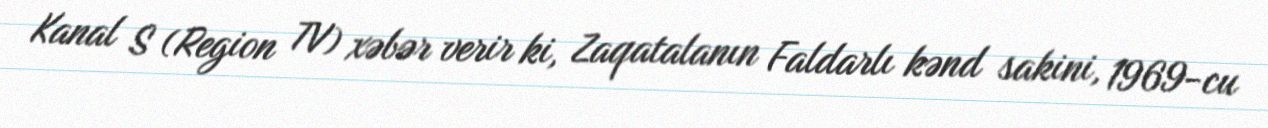
Kanal S (Region TV) xəbər verir ki, Zaqatalanın Faldarlı kənd sakini, 1969-cu